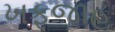
ખફજાહ